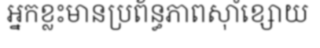
អ្នកខ្លះមានប្រព័ន្ធភាពស៊ាំខ្សោយ